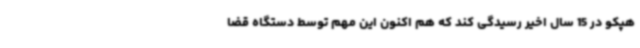
هپکو در 15 سال اخیر رسیدگی کند که هم اکنون این مهم توسط دستگاه قضا